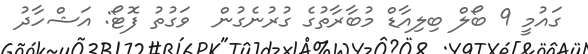
ގައުމީ 9 ބޯލް ބިލިއާޑް މުބާރާތުގެ ގުރުނެގުން  ވަގުތު ފޮޓޯ: އަޝްހާދު